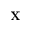
\mathbf { X }